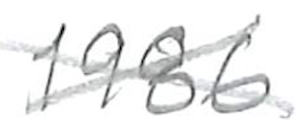
Text: 1986
Cross-out: mix
Writing tool: pencil